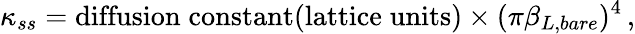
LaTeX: \kappa_{ss}=\mathrm{diffusion\; constant}(\mathrm{lattice\; units})\times(\pi\beta_{L,bare})^{4}\, ,